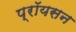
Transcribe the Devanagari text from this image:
प्रॉयसन